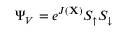
\Psi _ { V } = e ^ { J ( \mathbf { X } ) } S _ { \uparrow } S _ { \downarrow }